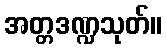
အတ္တဒဏ္ဍသုတ်။